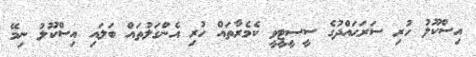
އިސްކޫލު ހުރި ސަރަޙައްދުގެ ސީސީޓީވީ ކެމެރާތައް ހުރި އެންގަލުތައް ބަލައި އިސްކޫލު ނިމޭ